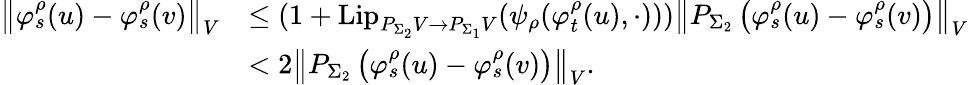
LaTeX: \begin{array}{rl}{\left\Vert\varphi_{s}^{\rho}(u)-\varphi_{s}^{\rho}(v)\right\Vert_{V}}&{\leq(1+\mathrm{Lip}_{P_{\Sigma_{2}}V\to P_{\Sigma_{1}}V}(\psi_{\rho}(\varphi_{t}^{\rho}(u),\cdot)))\left\Vert P_{\Sigma_{2}}\left(\varphi_{s}^{\rho}(u)-\varphi_{s}^{\rho}(v)\right)\right\Vert_{V}}\\ &{<2\left\Vert P_{\Sigma_{2}}\left(\varphi_{s}^{\rho}(u)-\varphi_{s}^{\rho}(v)\right)\right\Vert_{V}.}\end{array}